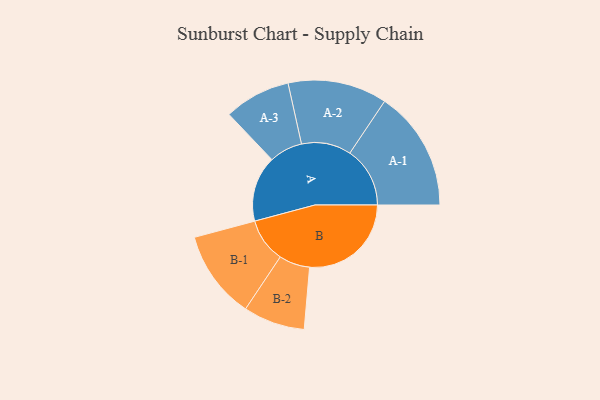
{"axis": {"x": "Segment", "y": "Value"}, "legend": ["", "A", "B"], "data": [{"x": "A", "y": 301, "type": ""}, {"x": "B", "y": 465, "type": ""}, {"x": "A-1", "y": 275, "type": "A"}, {"x": "A-2", "y": 227, "type": "A"}, {"x": "A-3", "y": 152, "type": "A"}, {"x": "B-1", "y": 202, "type": "B"}, {"x": "B-2", "y": 141, "type": "B"}]}